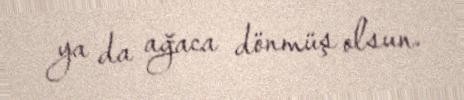
ya da ağaca dönmüş olsun.